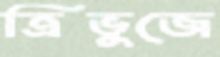
ত্রিভুজে